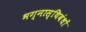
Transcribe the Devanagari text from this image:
भग्नास्थिबंधों